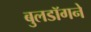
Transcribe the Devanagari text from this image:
बुलडॉगने